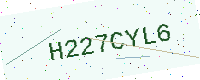
Text: H227CYL6